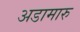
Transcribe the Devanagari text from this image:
अडामारु